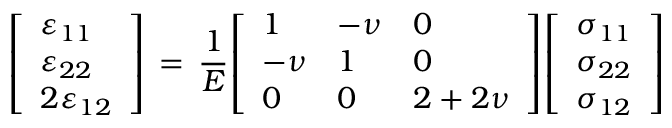
{ \left[ \begin{array} { l } { \varepsilon _ { 1 1 } } \\ { \varepsilon _ { 2 2 } } \\ { 2 \varepsilon _ { 1 2 } } \end{array} \right] } \, = \, { \frac { 1 } { E } } { \left[ \begin{array} { l l l } { 1 } & { - \nu } & { 0 } \\ { - \nu } & { 1 } & { 0 } \\ { 0 } & { 0 } & { 2 + 2 \nu } \end{array} \right] } { \left[ \begin{array} { l } { \sigma _ { 1 1 } } \\ { \sigma _ { 2 2 } } \\ { \sigma _ { 1 2 } } \end{array} \right] }